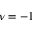
\nu = - 1